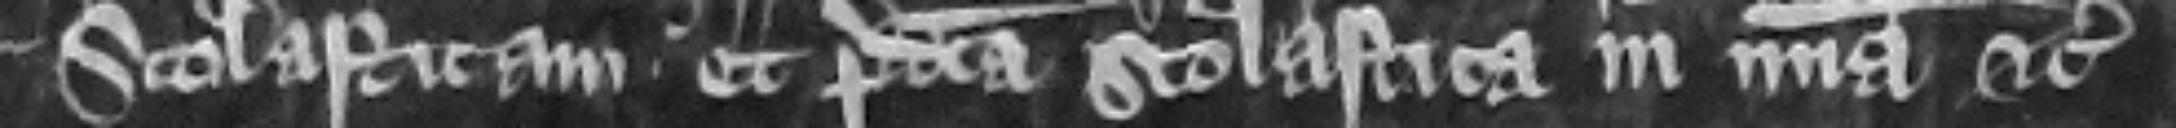
Scolasticam. Et predicta Scolastica in misericordia etc.